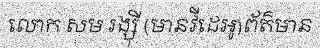
លោក សម រង្ស៉ី (មានវីដេអូ)ព័ត៌មាន